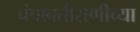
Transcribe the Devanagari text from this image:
चंपावतीराणीच्या